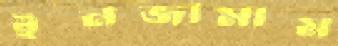
ইনজামাম